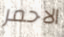
الاحمر